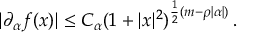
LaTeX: | \partial _ { \alpha } f ( x ) | \le C _ { \alpha } ( 1 + | x | ^ { 2 } ) ^ { \frac { 1 } { 2 } ( m - \rho | \alpha | ) } \, .